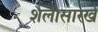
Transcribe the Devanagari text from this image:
शैलीसारखे